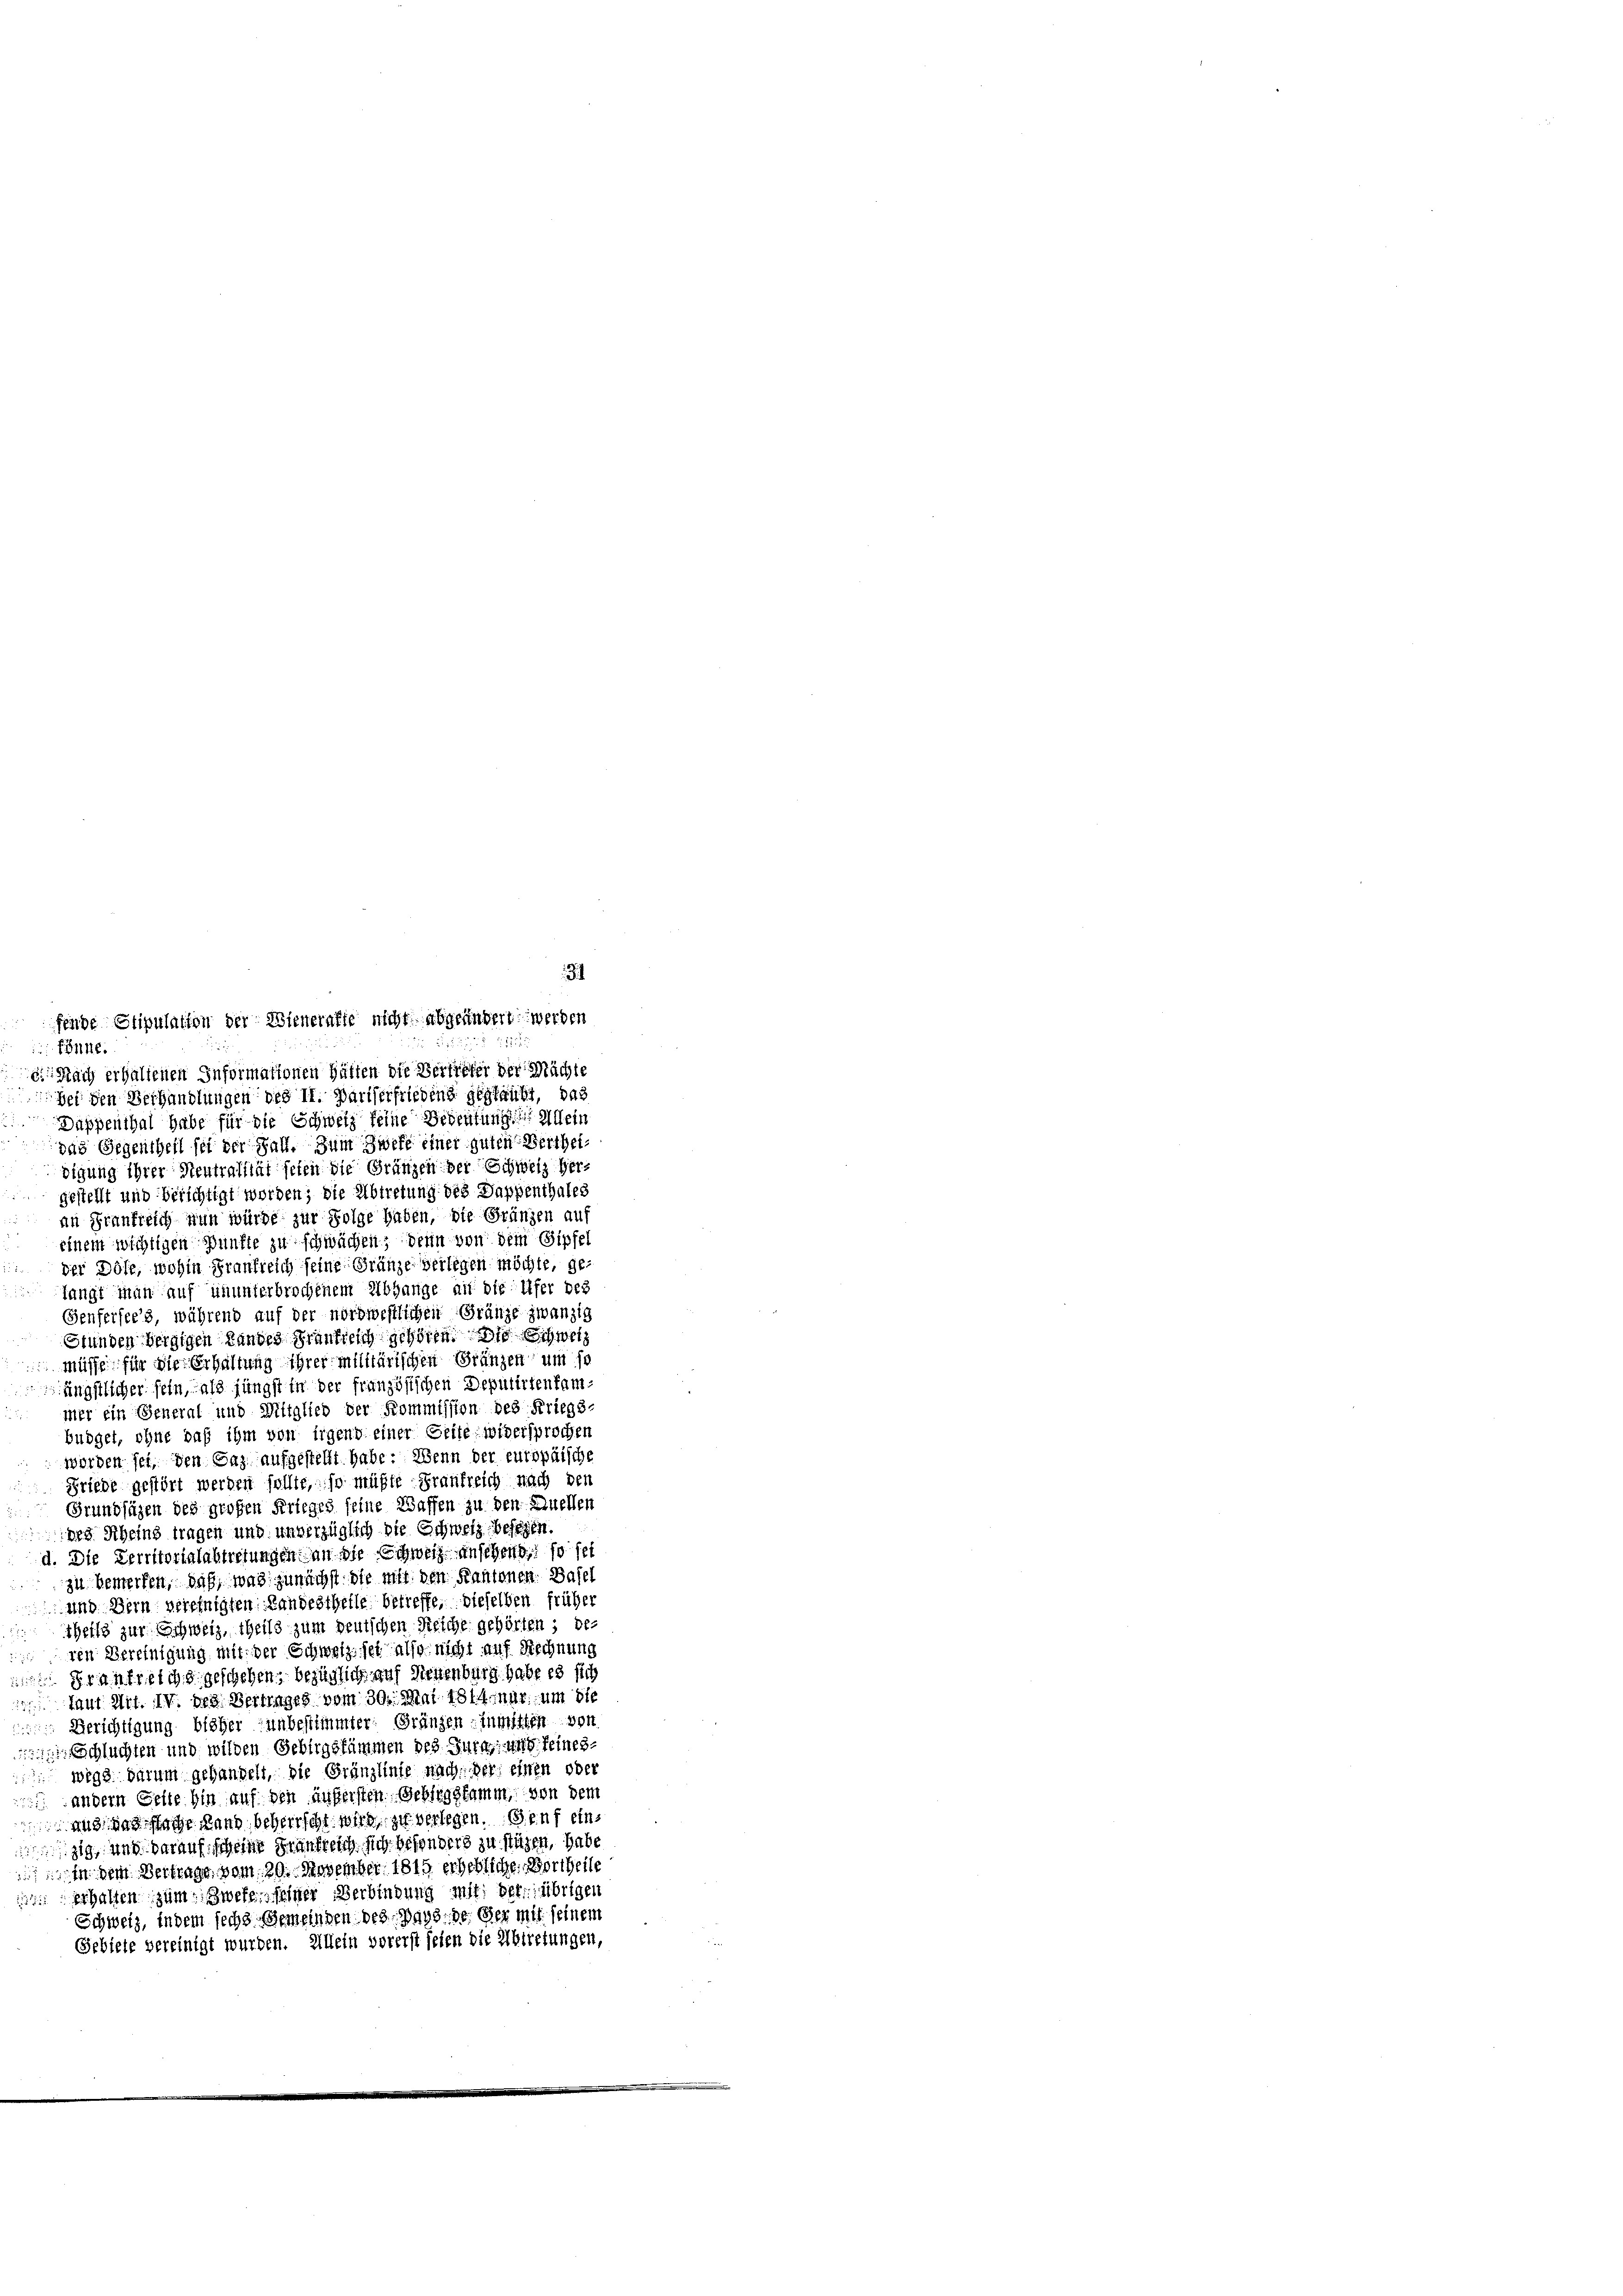
31
fende Stipulation der Wienerafte nicht abgeändert werden
Fönne.
Nach erhaltenen Informationen hätten die Vertreter der Machte
hei den Verhandlungen des 11. Pariserfrieding geglaubt, das
Duppenthal habe für die Schweiz keine Bedeutung dein
das Gegentheil sei der Fall. Zum Zwefe einer guten Bertheidigung ihrer Neutralität seien die Gränzen der Schweiz hergestellt und berichtigt worden; die Abtretung des Dappenthales
an Frankreich nun würde zur Folge haben, die Gränzen auf
einem wichtigen Punkte zu schwächen; denn von dem Gipfel
ver Böse, wohin Frankreich seine Gränze beitegen möchte, gelangt man auf ununterbrochenem Abgange an die Ufer des
Genfersees, während auf der nordwestlichen Gränze zwanzig
Stundenbergigen Landes Frankreich gehören, so schweiz
müsse für die Erhaltung ihrer Militärischen Gränzen um so
ängstlicher sein, als jüngst in der französischen Deputirtenfammer ein General und Mitglied der Kommission des Kriegs-
büdget, ohne daß ihm von irgend einer Seite widersprochen
worden sei, den Gaz aufgestellt habe: Wenn der europäische
Friede gestört werden sollte, so müßte Frankreich nach den
Grundsäzen des großen Krieges seine Waffen zu den Quellen
des Rheins tragen und unverzüglich die Schweiz besehen.
d. Die Perritorialabtretungen an die Schweiz ansehend, so sei
zu bemerken, daß, was zunächst die mit den Kantonen. Basel
und Bern vereinigten Landestheile betreffe, dieselben früher
theils zur Schweiz, theils zum deutschen Reiche gehörten; deren Bereinigung mit der Schweiz sei also nicht auf Rechnung
 Frankreichs geschehen, bezüglich auf Neuenburg habe es sich
Taut Mit. IV. des Berlinges vom 30. Mai 1814 nar, um die
 Berichtigung bisher unbestimmter. Gränzen inmitten von
Schluchten und wilden Gebirgstämmen des Jura, und seines
 wege darum gehandelt, die Gränzlinie nach der einen oder
andern Gelte hin auf den äussersten Gebirgskamm, von dem
and das sache Rand beherrscht wird zu verlegen. Genf einzig, und darauf scheine Frankreich sich besonders zu stüzen, habe
In dem Vertrage vom 20. November 1815 erheblichen Wortheile
erhalten zum Zwefe, seiner Verbindung mit der übrigen
Schweiz, indem sechs Gemeinden bes. Pays de der mit seinem
Gebiete gereinigt wurden. Allein vorerst seien die Abtretungen,